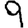
Digit: 9